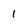
Character: 1